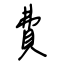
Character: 費